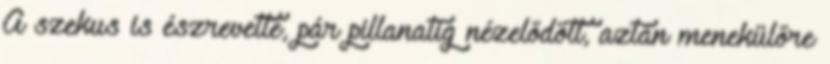
A szekus is észrevette, pár pillanatig nézelődött, aztán menekülőre